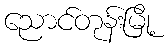
ညောင်တုန်းမြို့